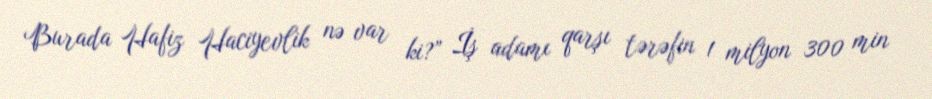
Burada Hafiz Haciyevlik nə var ki?” İş adamı qarşı tərəfin 1 milyon 300 min